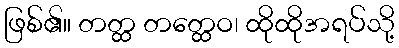
ဖြစ်၏။ တတ္ထ တတ္ထေဝ၊ ထိုထိုအရပ်သို့